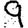
Digit: 9